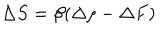
\Delta S = \beta ( \Delta \rho - \Delta F )